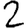
Digit: 2